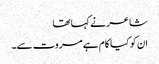
شاعر نے کہا تھا
ان کو کیا کام ہے مروت سے۔